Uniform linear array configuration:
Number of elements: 32
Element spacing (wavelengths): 0.5
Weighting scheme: uniform
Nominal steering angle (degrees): -60
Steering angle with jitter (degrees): -59.803
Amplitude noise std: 0.05
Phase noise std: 0.05

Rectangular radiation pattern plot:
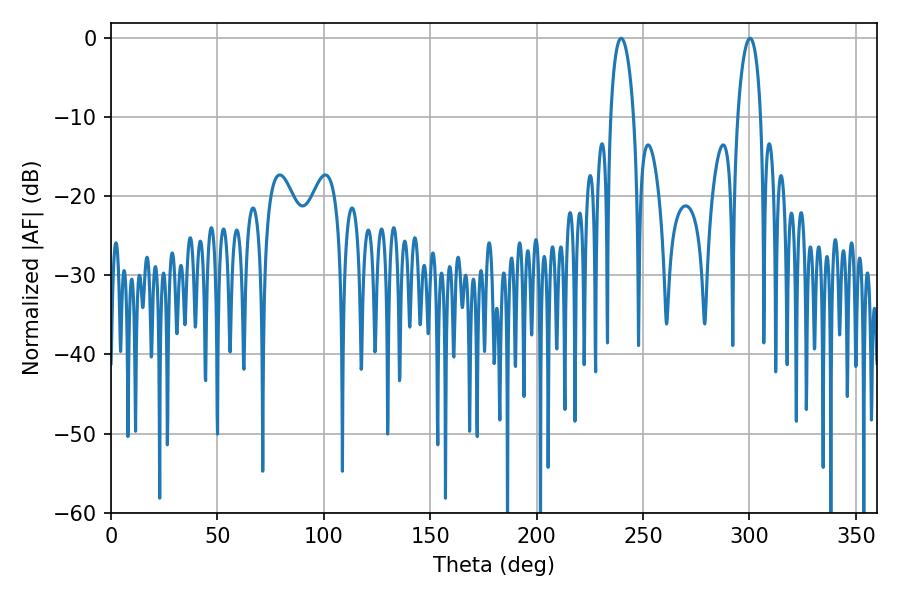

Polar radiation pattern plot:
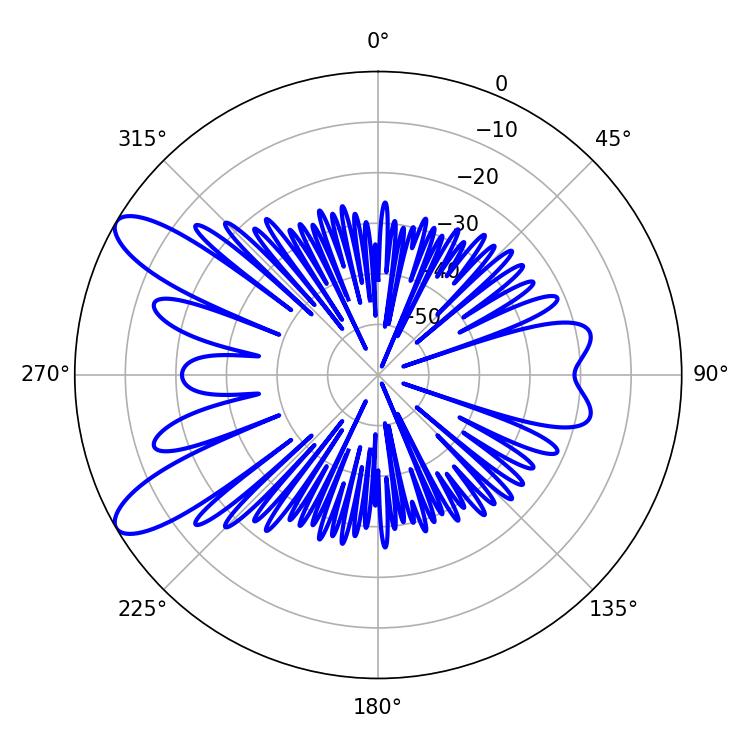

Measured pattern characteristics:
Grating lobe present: FALSE
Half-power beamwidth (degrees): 6.12
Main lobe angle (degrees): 239.76